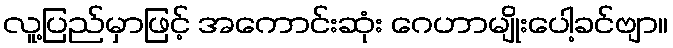
လူ့ပြည်မှာဖြင့် အကောင်းဆုံး ဂေဟာမျိုးပေါ့ခင်ဗျာ။